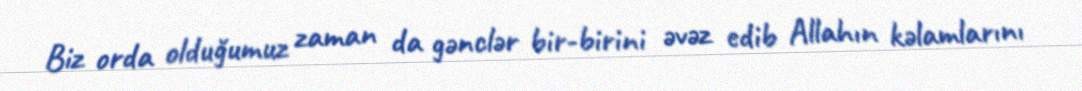
Biz orda olduğumuz zaman da gənclər bir-birini əvəz edib Allahın kəlamlarını